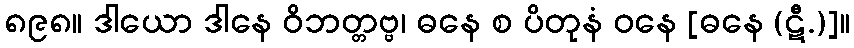
၈၉၈။ ဒါယော ဒါနေ ဝိဘတ္တဗ္ဗ၊ ဓနေ စ ပိတုနံ ဝနေ [ဓနေ (ဋီ.)]။